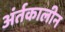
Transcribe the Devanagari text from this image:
अंर्तकालीन